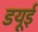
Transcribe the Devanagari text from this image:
डयूई